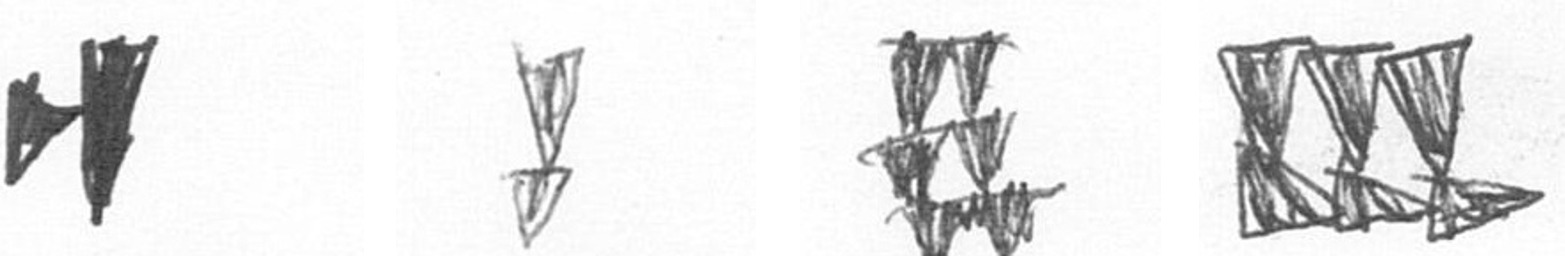
M Z Y D